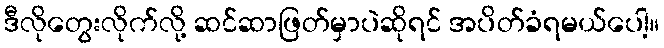
ဒီလိုတွေးလိုက်လို့ ဆင်ဆာဖြတ်မှာပဲဆိုရင် အပိတ်ခံရမယ်ပေါ့။